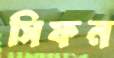
সিফন